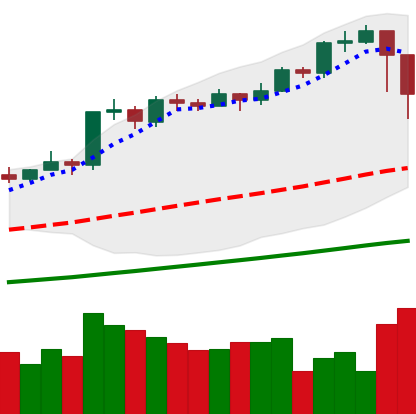
Ticker: BTC-USD
Chart end date: 2021-02-23
Forward return: -7.551%
Label: down_7plus